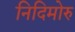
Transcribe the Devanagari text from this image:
निदिमोरु